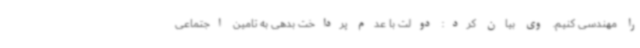
را مهندسی کنیم. وی بیان کرد: دولت با عدم پرداخت بدهی به تامین اجتماعی